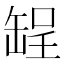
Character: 𫄺